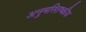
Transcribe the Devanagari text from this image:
अनुमस्तिष्‍कीय